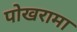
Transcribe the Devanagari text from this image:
पोखरामा